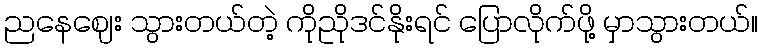
ညနေဈေး သွားတယ်တဲ့ ကိုညိုဒင်နိုးရင် ပြောလိုက်ဖို့ မှာသွားတယ်။